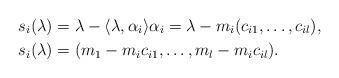
LaTeX: \begin{align*} & s_i(\lambda) = \lambda - \langle \lambda, \alpha_i \rangle \alpha_i = \lambda - m_i(c_{i1},\dots,c_{il}), \\ & s_i(\lambda) = (m_1 - m_ic_{i1},\dots, m_l - m_ic_{il}). \end{align*}